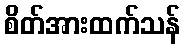
စိတ်အားထက်သန်